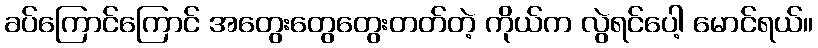
ခပ်ကြောင်ကြောင် အတွေးတွေတွေးတတ်တဲ့ ကိုယ်က လွဲရင်ပေါ့ မောင်ရယ်။